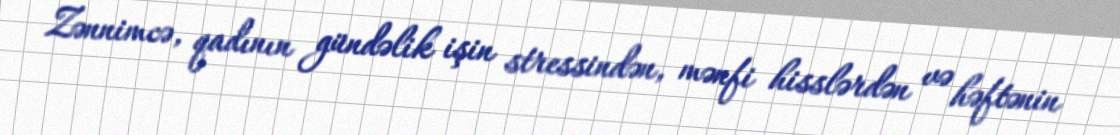
Zənnimcə, qadının gündəlik işin stressindən, mənfi hisslərdən və həftənin